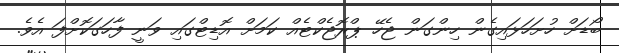
ބޯޑަށް ހުށަހަޅައިގެން ހިންގަން ޖެހޭ ޕްރޮޖެކްޓެއް ކަމަށް އޮޑިޓްގައި ވަނީ ފާހަގަކޮށްފަ އެވެ.